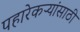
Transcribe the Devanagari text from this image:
पहारेकऱ्यांसाठी